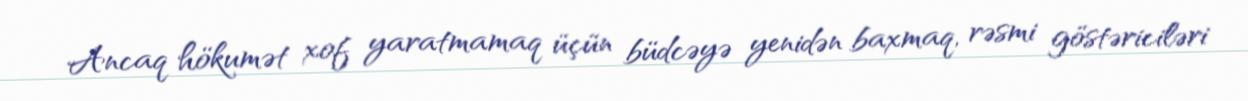
Ancaq hökumət xof yaratmamaq üçün büdcəyə yenidən baxmaq, rəsmi göstəriciləri